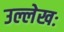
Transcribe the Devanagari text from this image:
उल्लेखः